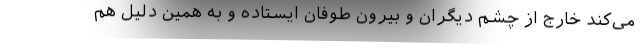
می‌کند خارج از چشم دیگران و بیرون طوفان ایستاده و به همین دلیل هم